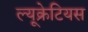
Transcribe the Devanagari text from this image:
ल्यूक्रेटियस